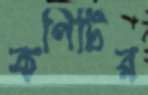
কপিটির